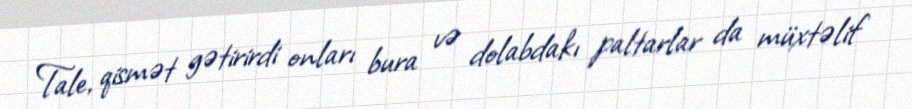
Tale, qismət gətirirdi onları bura və dolabdakı paltarlar da müxtəlif